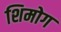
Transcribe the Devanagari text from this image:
शिमोग